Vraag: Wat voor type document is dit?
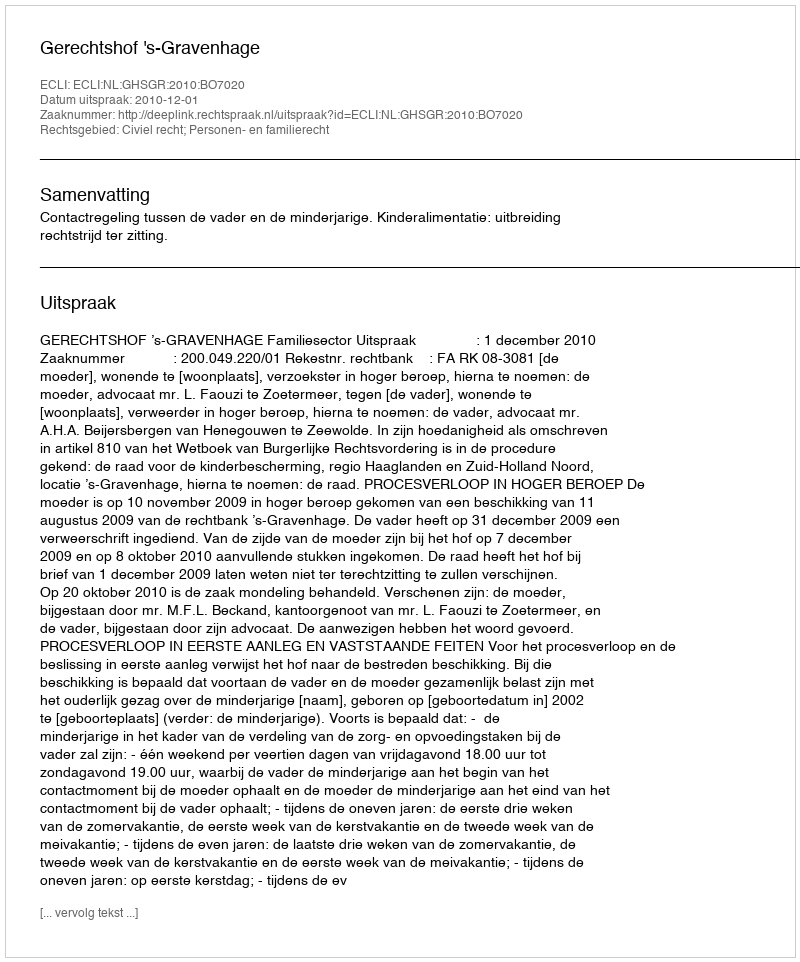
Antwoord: Uitspraak